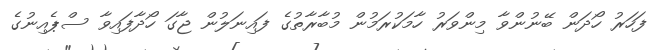
ފަހަރު ހޯދަން ބޭނުންވާ މިންވަރު ހާމަކުރަމުން މުބާރާތުގެ ފައިނަލުން ޖާގަ ހޯދާފައިވާ ސްޕެއިނުގެ